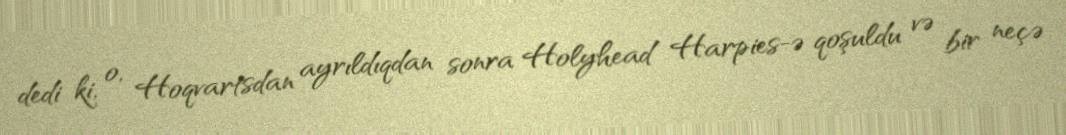
dedi ki, o, Hoqvartsdan ayrıldıqdan sonra Holyhead Harpies-ə qoşuldu və bir neçə